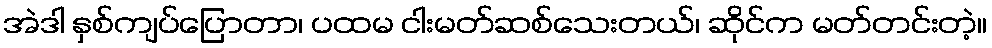
အဲဒါ နှစ်ကျပ်ပြောတာ၊ ပထမ ငါးမတ်ဆစ်သေးတယ်၊ ဆိုင်က မတ်တင်းတဲ့။